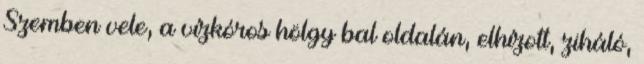
Szemben vele, a vízkóros hölgy bal oldalán, elhízott, ziháló,